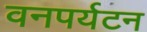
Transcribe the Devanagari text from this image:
वनपर्यटन